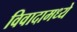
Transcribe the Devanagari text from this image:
विवादामध्ये